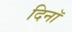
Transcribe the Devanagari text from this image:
दिनॉ